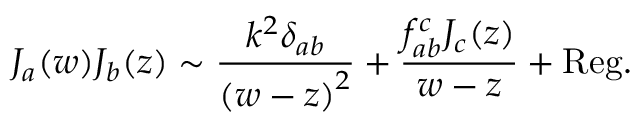
J _ { a } ( w ) J _ { b } ( z ) \sim \frac { k ^ { 2 } \delta _ { a b } } { { ( w - z ) } ^ { 2 } } + \frac { f _ { a b } ^ { c } J _ { c } ( z ) } { w - z } + \mathrm { R e g . }